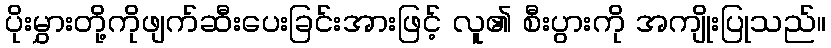
ပိုးမွှားတို့ကိုဖျက်ဆီးပေးခြင်းအားဖြင့် လူ၏ စီးပွားကို အကျိုးပြုသည်။